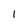
Character: I